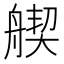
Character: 𦩣